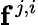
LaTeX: \mathbf{f}^{j,i}